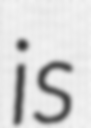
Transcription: is